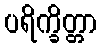
ပရိက္ခိတ္တာ